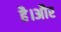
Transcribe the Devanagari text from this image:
है।अौर